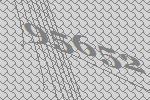
95652